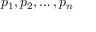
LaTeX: p _ { 1 } , p _ { 2 } , \ldots , p _ { n }